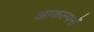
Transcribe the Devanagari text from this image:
आकल्पनों